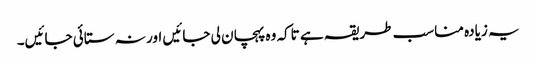
یہ زیادہ مناسب طریقہ ہے تاکہ وہ پہچان لی جائیں اور نہ ستائی جائیں۔